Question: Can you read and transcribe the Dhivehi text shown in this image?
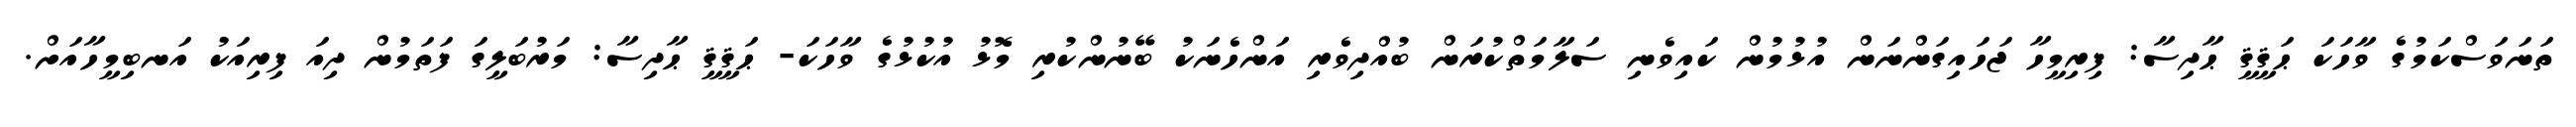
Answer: ތަނަވަސްކަމުގެ ވާހަކަ ޙަޤީޤީ ޙާދިސާ: ފިރިމީހާ ޖަހައިގަންނަން އުޅުމުން ކައިވެނި ސަލާމަތްކުރަން ބުއްދިވެރި އަންހެނަކު ބޭނުންކުރި މޮޅު އުކުޅުގެ ވާހަކަ- ޙަޤީޤީ ޙާދިސާ: މަރުބަލީގަ ފަތަމުން ދިއަ ފިރިއަކު އަނބިމީހާއަށް.